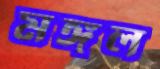
মঙ্গল